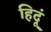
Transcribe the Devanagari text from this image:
हिदूं